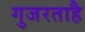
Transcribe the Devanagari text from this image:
गुजरताहै